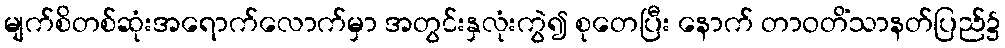
မျက်စိတစ်ဆုံးအရောက်လောက်မှာ အတွင်းနှလုံးကွဲ၍ စုတေပြီး နောက် တာဝတိံသာနတ်ပြည်၌